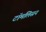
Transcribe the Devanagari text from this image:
टॉमलिसन